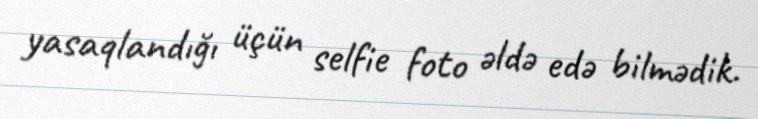
yasaqlandığı üçün selfie foto əldə edə bilmədik.